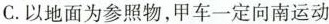
C.以地面为参照物，甲车一定向南运动